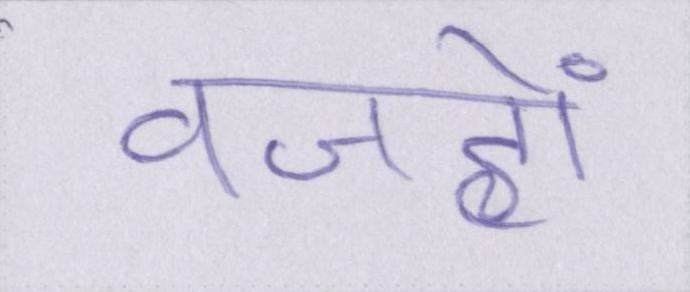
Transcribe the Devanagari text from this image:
वजहों